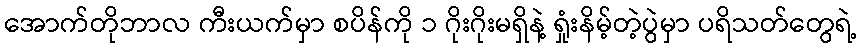
အောက်တိုဘာလ ကီးယက်မှာ စပိန်ကို ၁ ဂိုးဂိုးမရှိနဲ့ ရှုံးနိမ့်တဲ့ပွဲမှာ ပရိသတ်တွေရဲ့